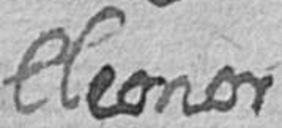
Eleonor